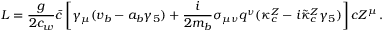
{ \cal L } = { \frac { g } { 2 c _ { w } } } \bar { c } \left[ \gamma _ { \mu } ( v _ { b } - a _ { b } \gamma _ { 5 } ) + { \frac { i } { 2 m _ { b } } } \sigma _ { \mu \nu } q ^ { \nu } ( \kappa _ { c } ^ { Z } - i \tilde { \kappa } _ { c } ^ { Z } \gamma _ { 5 } ) \right] c Z ^ { \mu } \, .